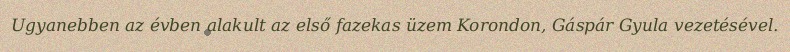
Ugyanebben az évben alakult az első fazekas üzem Korondon, Gáspár Gyula vezetésével.